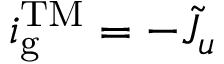
i _ { \mathrm { g } } ^ { \mathrm { T M } } = - \tilde { J } _ { u }